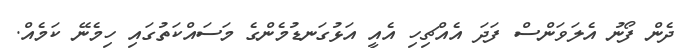
ދެން ފޯނު އެލަވަންސް ފަދަ އެއްޗިހި އެއީ އަޅުގަނޑުމެންގެ މަސައްކަތުގައި ހިމެނޭ ކަމެއް.